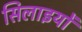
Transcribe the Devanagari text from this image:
सिलाइयों